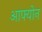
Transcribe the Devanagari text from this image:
आफ्योन